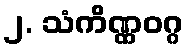
၂. သံကိဏ္ဏဝဂ္ဂ